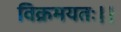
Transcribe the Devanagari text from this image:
विक्रमयतः।।